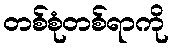
တစ်စုံတစ်ရာကို